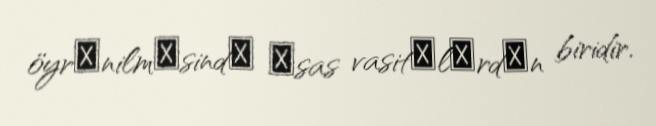
öyrәnilmәsindә әsas vasitәlәrdәn biridir.